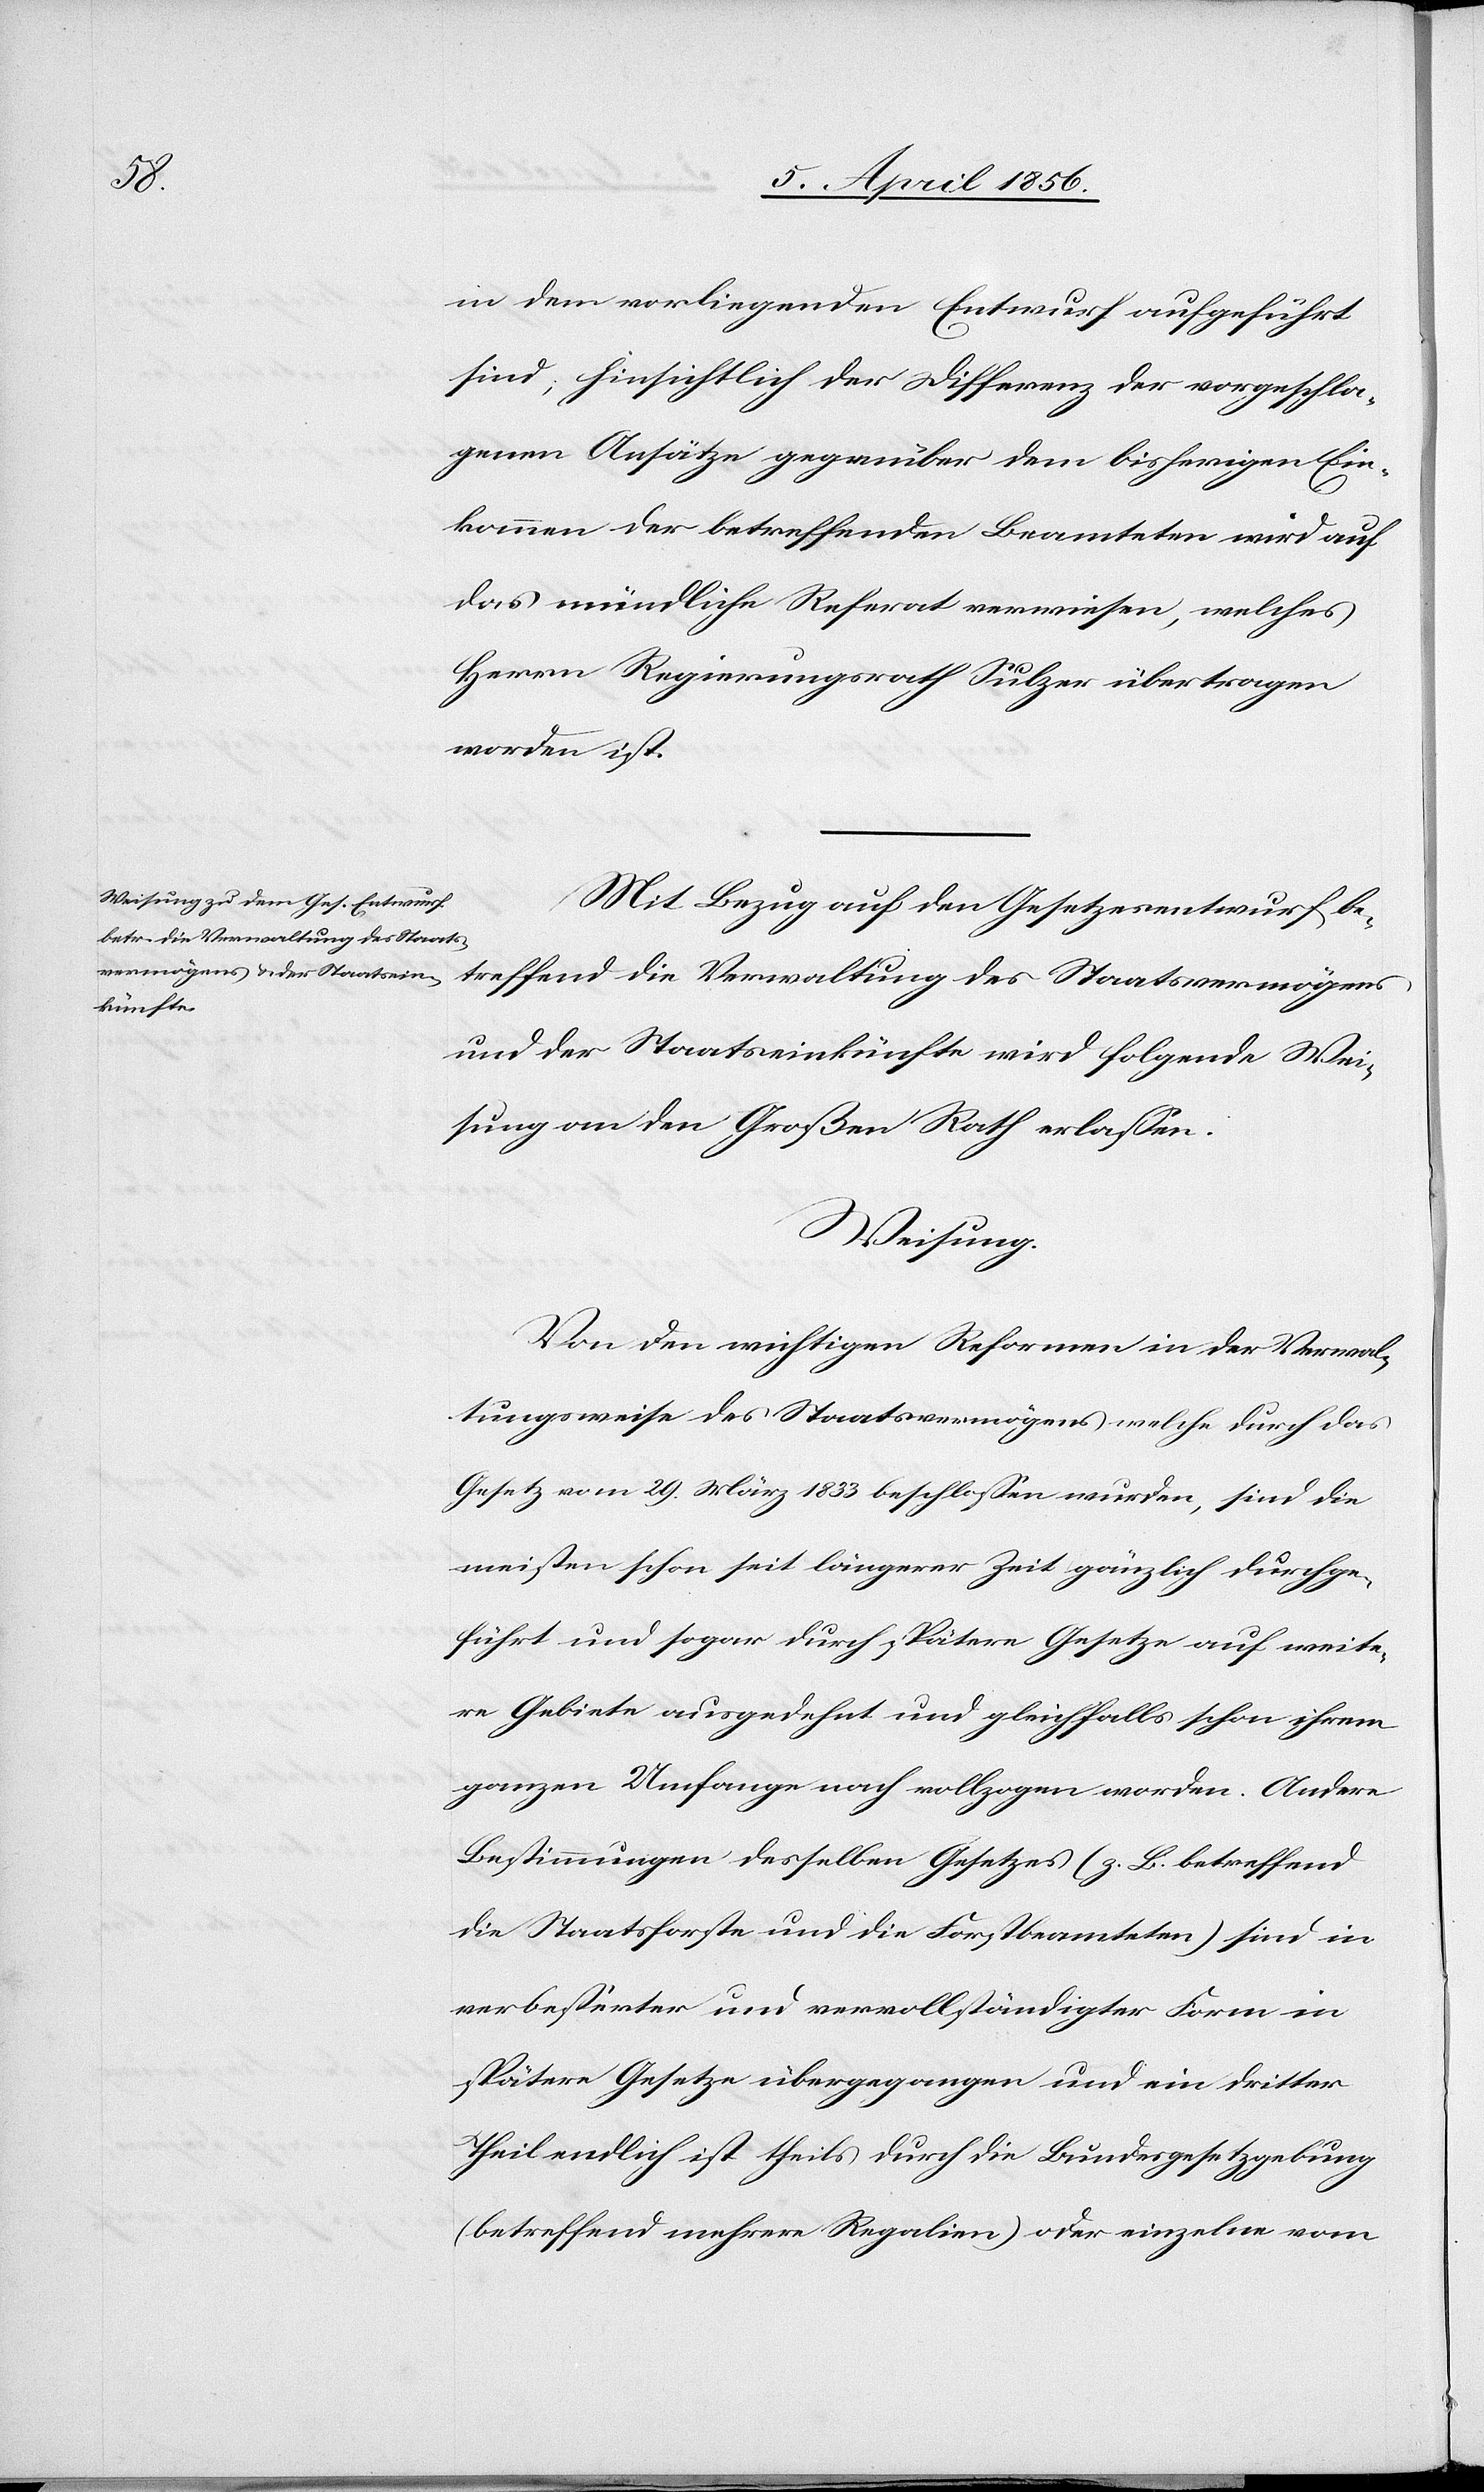
in dem vorliegenden Entwurf aufgeführt
sind; hinsichtlich der Differenz der vorgeschla¬
genen Ansätze gegenüber dem bisherigen Ein¬
kommen der betreffenden Beamteten wird auf
das mündliche Referat verwiesen, welches
Herrn Regierungsrath Sulzer übertragen
worden ist.
Mit Bezug auf den Gesetzesentwurf be¬
treffend die Verwaltung des Staatsvermögens
und der Staatseinkünfte wird folgende Wei¬
sung an den Großen Rath erlassen.
Weisung.
Von den wichtigen Reformen in der Verwal¬
tungsweise des Staatsvermögens welche durch das
Gesetz vom 29. März 1833 beschlossen wurden, sind die
meisten schon seit längerer Zeit gänzlich durchge¬
führt und sogar durch spätere Gesetze auf weite¬
re Gebiete ausgedehnt und gleichfalls schon ihrem
ganzen Umfange nach vollzogen worden. Andere
Bestimmungen desselben Gesetzes (z. B. betreffend
die Staatsforste und die Forstbeamteten) sind in
verbesserter und vervollständigter Form in
spätere Gesetze übergegangen und ein dritter
Theil endlich ist theils durch die Bundesgesetzgebung
(betreffend mehrere Regalien) oder einzelne vom